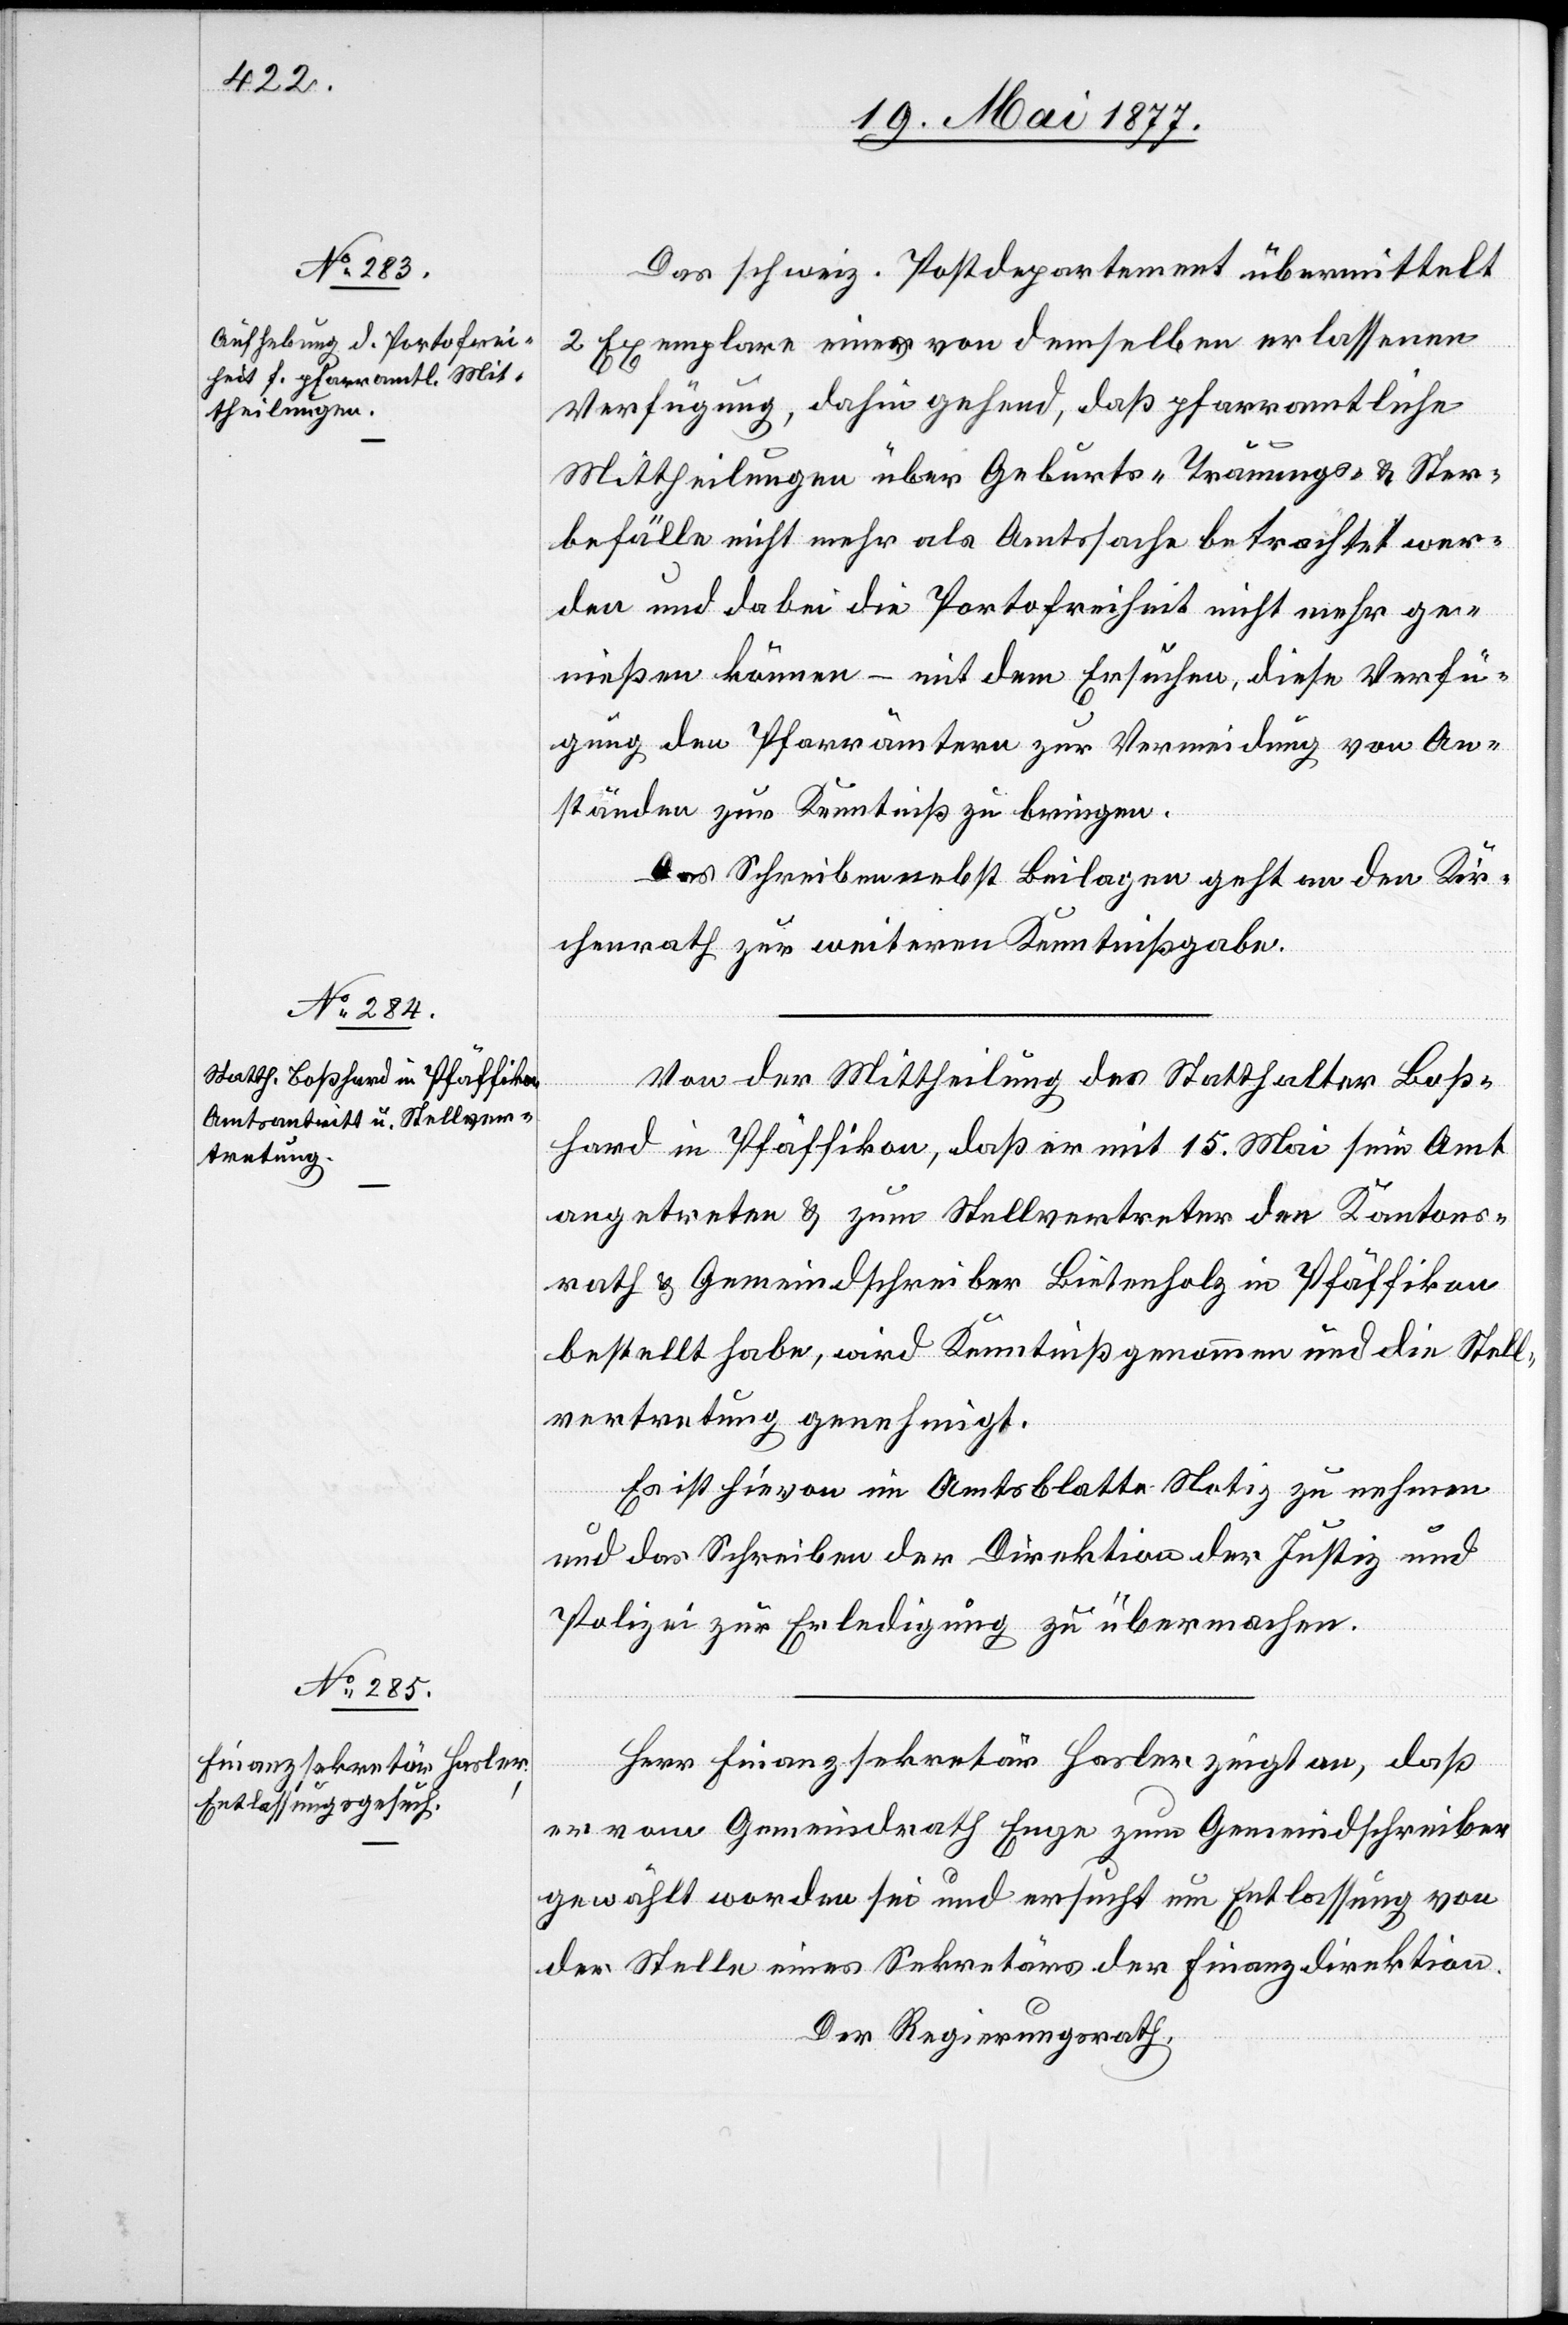
Das schweiz. Postdepartement übermittelt
2 Exemplare einer von demselben erlassenen
Verfügung, dahin gehend, daß pfarramtliche
Mittheilungen über Geburts- Trauungs- & Ster¬
befälle nicht mehr als Amtssache betrachtet wer¬
den und dabei die Portofreiheit nicht mehr ge¬
nießen können – mit dem Ersuchen, diese Verfü¬
gung den Pfarrämtern zur Vermeidung von An¬
ständen zur Kenntniß zu bringen.
Das Schreiben nebst Beilagen geht an den Kir¬
chenrath zur weitern Kenntnißgabe.
Von der Mittheilung des Statthalter Boß¬
hard in Pfäffikon, daß er mit 15. Mai sein Amt
angetreten & zum Stellvertreter den Kantons¬
rath & Gemeindschreiber Bietenholz in Pfäffikon
bestellt habe, wird Kenntniß genommen und die Stell¬
vertretung genehmigt.
Es ist hievon im Amtsblatte Notiz zu nehmen
und das Schreiben der Direktion der Justiz und
Polizei zur Erledigung zu übermachen.
Herr Finanzsekretär Hasler zeigt an, daß
er vom Gemeindrath Enge zum Gemeindschreiber
gewählt worden sei und ersucht um Entlassung von
der Stelle eines Sekretärs der Finanzdirektion.
Der Regierungsrath,